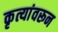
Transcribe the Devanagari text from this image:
कृत्यांवरून